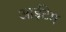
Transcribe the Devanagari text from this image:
आईटेम